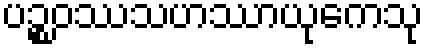
ပဉ္စဝဿသဟဿာယုကေသု